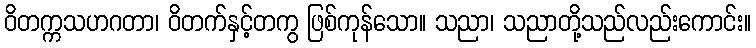
ဝိတက္ကသဟဂတာ၊ ဝိတက်နှင့်တကွ ဖြစ်ကုန်သော။ သညာ၊ သညာတို့သည်လည်းကောင်း။